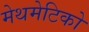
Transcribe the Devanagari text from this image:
मेथमेटिको